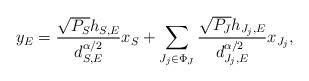
LaTeX: \begin{align*}y_E=\frac{\sqrt{P_S}h_{S, E}}{d_{S, E}^{\alpha/2}} x_S + \sum_{J_j \in \Phi_J} \frac{\sqrt{P_{\bar{J}}} h_{J_j,E}} {d_{J_j, E}^{\alpha/2}} x_{J_j}, \end{align*}